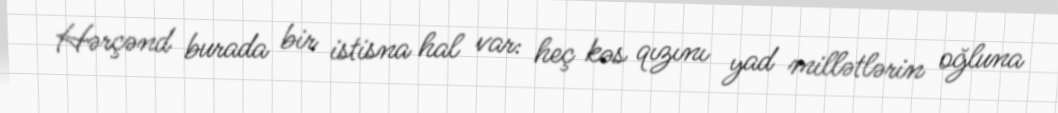
Hərçənd burada bir istisna hal var: heç kəs qızını yad millətlərin oğluna